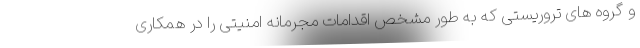
و گروه های تروریستی که به طور مشخص اقدامات مجرمانه امنیتی را در همکاری